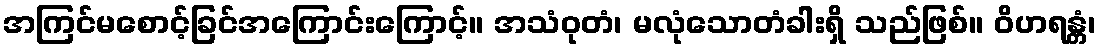
အကြင်မစောင့်ခြင်အကြောင်းကြောင့်။ အသံဝုတံ၊ မလုံသောတံခါးရှိ သည်ဖြစ်။ ဝိဟရန္တံ၊